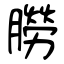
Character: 朥